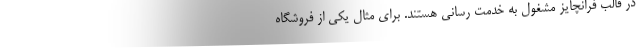
در قالب فرانچایز مشغول به خدمت رسانی هستند. برای مثال یکی از فروشگاه